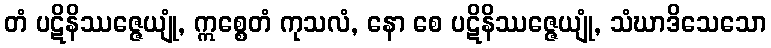
တံ ပဋိနိဿဇ္ဇေယျုံ, ဣစ္စေတံ ကုသလံ, နော စေ ပဋိနိဿဇ္ဇေယျုံ, သံဃာဒိသေသော